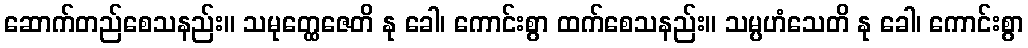
ဆောက်တည်စေသနည်း။ သမုတ္ထေဇေတိ နု ခေါ၊ ကောင်းစွာ ထက်စေသနည်း။ သမ္ပဟံသေတိ နု ခေါ၊ ကောင်းစွာ